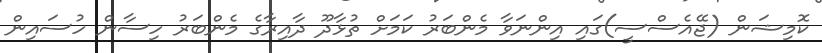
ކޮމިޝަން (ޖޭއެސްސީ)ގައި އިންނަވާ މެންބަރު ކަމަށް ތުޅާދޫ ދާއިރާގެ މެންބަރު ހިސާން ހުސައިން